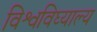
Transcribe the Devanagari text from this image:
विश्वविघ्याल्य